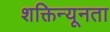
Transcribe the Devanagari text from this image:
शक्तिन्यूनता